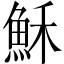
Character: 穌